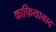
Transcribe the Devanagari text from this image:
काफियाबाद